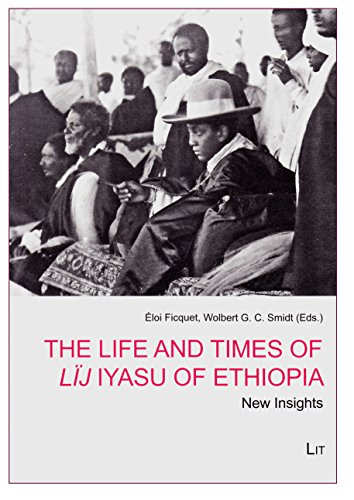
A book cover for The Life and Times of Lij Iyasu of Ethiopia: New Insights (Northeast African History, Orality and Heritage); History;